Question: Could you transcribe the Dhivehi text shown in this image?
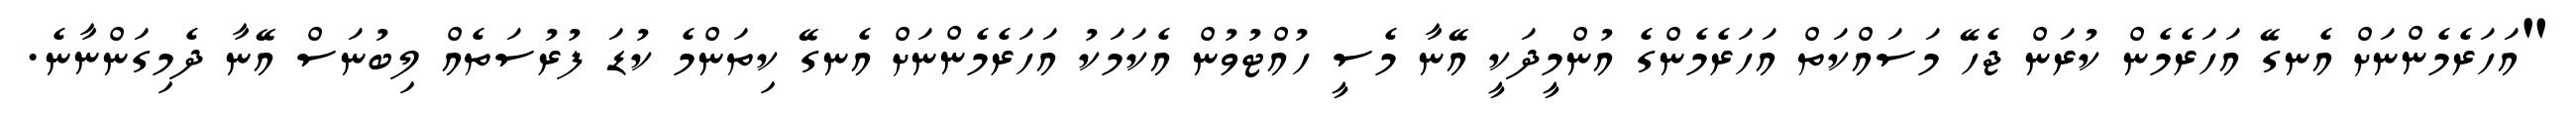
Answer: "އަހަރެމެންނަށް އެނގޭ އަހަރެމެން ކުރަން ޖެހޭ މަސައްކަތް އަހަރެމެންގެ އުންމީދަކީ އޭނާ މެސީ ހުއްޓުވުން އެކަމަކު އަހަރެމެންނަށް އެނގޭ ކިތަންމެ ކުޑަ ފުރުސަތެއް ލިބުނަސް އޭނާ ދެމިގަންނާނެ.